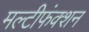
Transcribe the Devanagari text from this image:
मल्टीफंक्शन